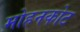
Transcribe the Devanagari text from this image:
मोहनकोट